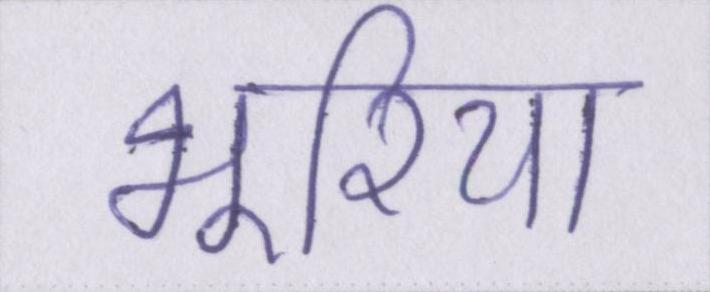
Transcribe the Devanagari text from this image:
भूरिया